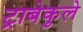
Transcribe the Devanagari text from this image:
ट्राबेकुले